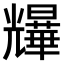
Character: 𫤨